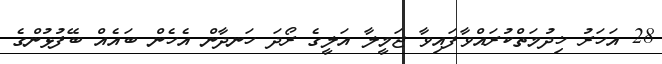
28 އަހަރު ޚިދުމަތްކުރައްވާފައިވާ ޖަމީލާ އަލީގެ ރޯދަ ހަނދާން އެހެން ބައެއް ބޭފުޅުންގެ